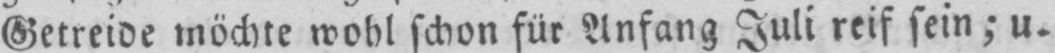
Getreide möchte wohl schon für Anfang Juli reif sein; u.